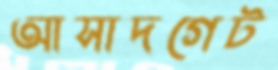
আসাদগেট